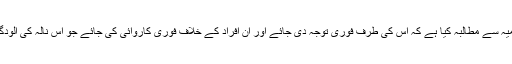
لوگوں نے ضلع انتظامیہ سے مطالبہ کیا ہے کہ اس کی طرف فوری توجہ دی جائے اور ان افراد کے خلاف فوری کاروائی کی جائے جو اس نالہ کی آلودگی کیلئے ذمہ دار ہیں۔